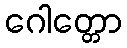
ဂေါတ္တော